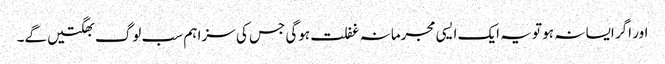
اور اگر ایسا نہ ہو تو یہ ایک ایسی مجرمانہ غفلت ہوگی جس کی سزا ہم سب لوگ بھگتیں گے۔